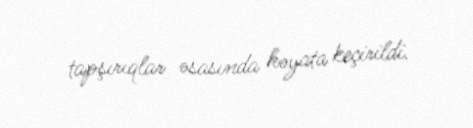
tapşırıqlar əsasında həyata keçirildi.